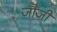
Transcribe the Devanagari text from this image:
जौजी